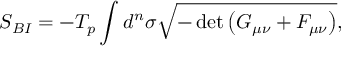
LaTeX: S _ { B I } = - T _ { p } \int d ^ { n } \sigma \sqrt { - \operatorname * { d e t } { \left( G _ { \mu \nu } + F _ { \mu \nu } \right) } } ,